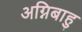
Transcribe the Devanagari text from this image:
अग्निबाहु